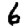
Digit: 6